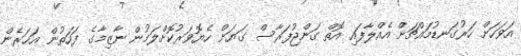
އަވަހަށް ހަރުގަނޑުމައްޗަށް އެއްލާފައި އޮތް ގަންޖުފަރާސް ގަޔަށް ހެޔޮވަރުކޮށްލަމުން ނާޒިމާގެ ފަހަތުން އަހަރެން